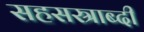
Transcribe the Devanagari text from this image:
सहसस्राब्दी